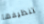
تنظيفها